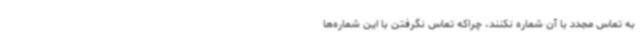
به تماس مجدد با آن شماره‌ نکنند، چراکه تماس نگرفتن با این شماره‌ها